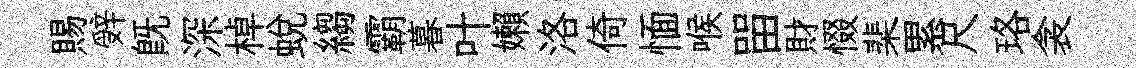
賜辤既深棹蛻縐霸暮叶嬾洛倚愐喉㽞財惙棐累尺珞衾